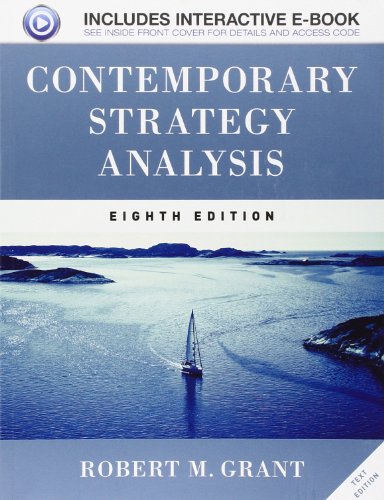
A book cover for Contemporary Strategy Analysis Text Only; Robert M. Grant; Business & Money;